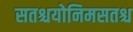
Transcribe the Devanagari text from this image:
सतश्चयोनिमसतश्च